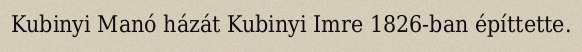
Kubinyi Manó házát Kubinyi Imre 1826-ban építtette.